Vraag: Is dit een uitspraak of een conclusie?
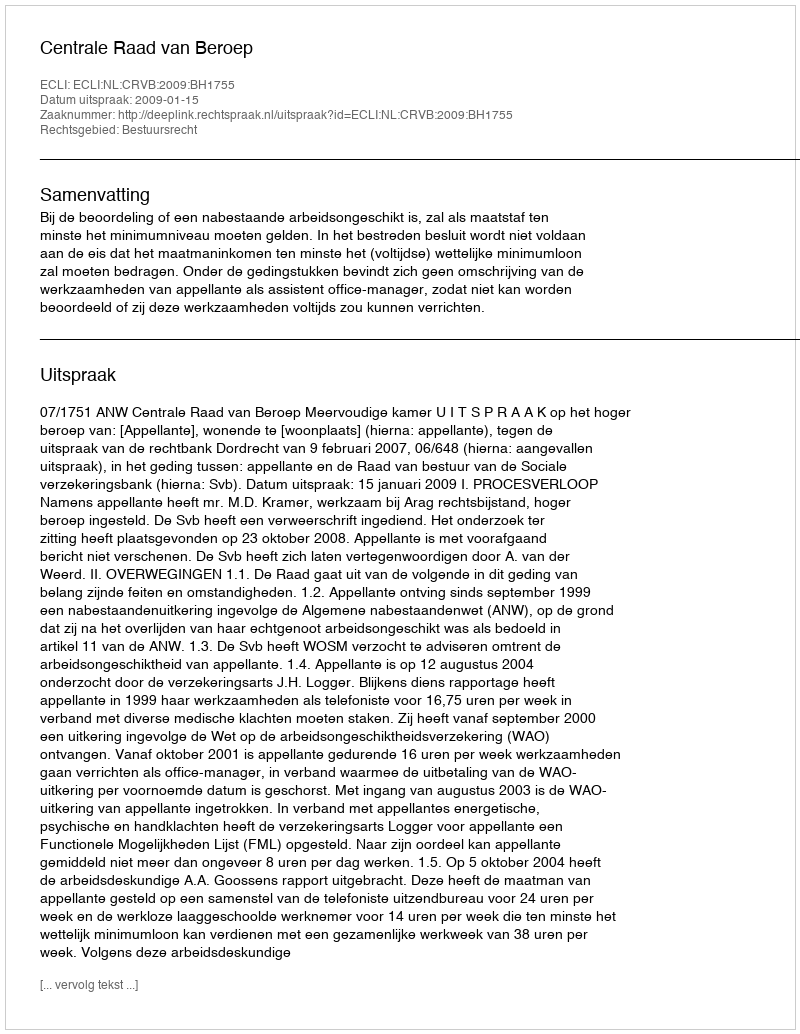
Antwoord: Uitspraak